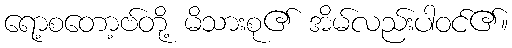
ရော့စတော့ဗ်တို့ မိသားစု၏ အိမ်လည်းပါဝင်၏။